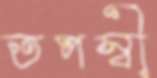
তপস্বী